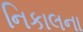
નિકાલના